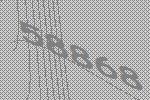
58868